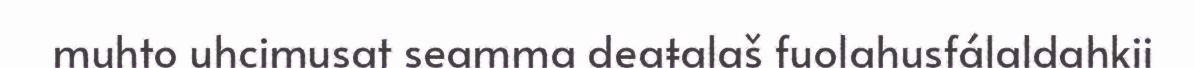
muhto uhcimusat seamma deaŧalaš fuolahusfálaldahkii